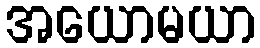
အယောမယာ